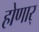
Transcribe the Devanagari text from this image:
होणार्